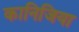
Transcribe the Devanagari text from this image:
कानिजिया